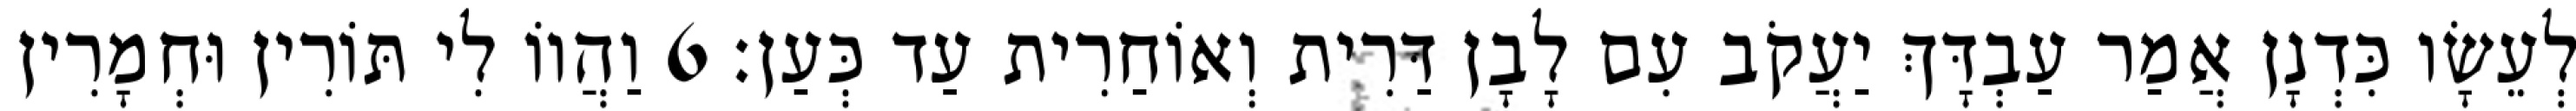
לְעֵשָׂו כִּדְנָן אֲמַר עַבְדָּךְ יַעֲקֹב עִם לָבָן דַּרִית וְאוֹחַרִית עַד כְּעַן׃ 6 וַהֲווֹ לִי תּוֹרִין וּחְמָרִין